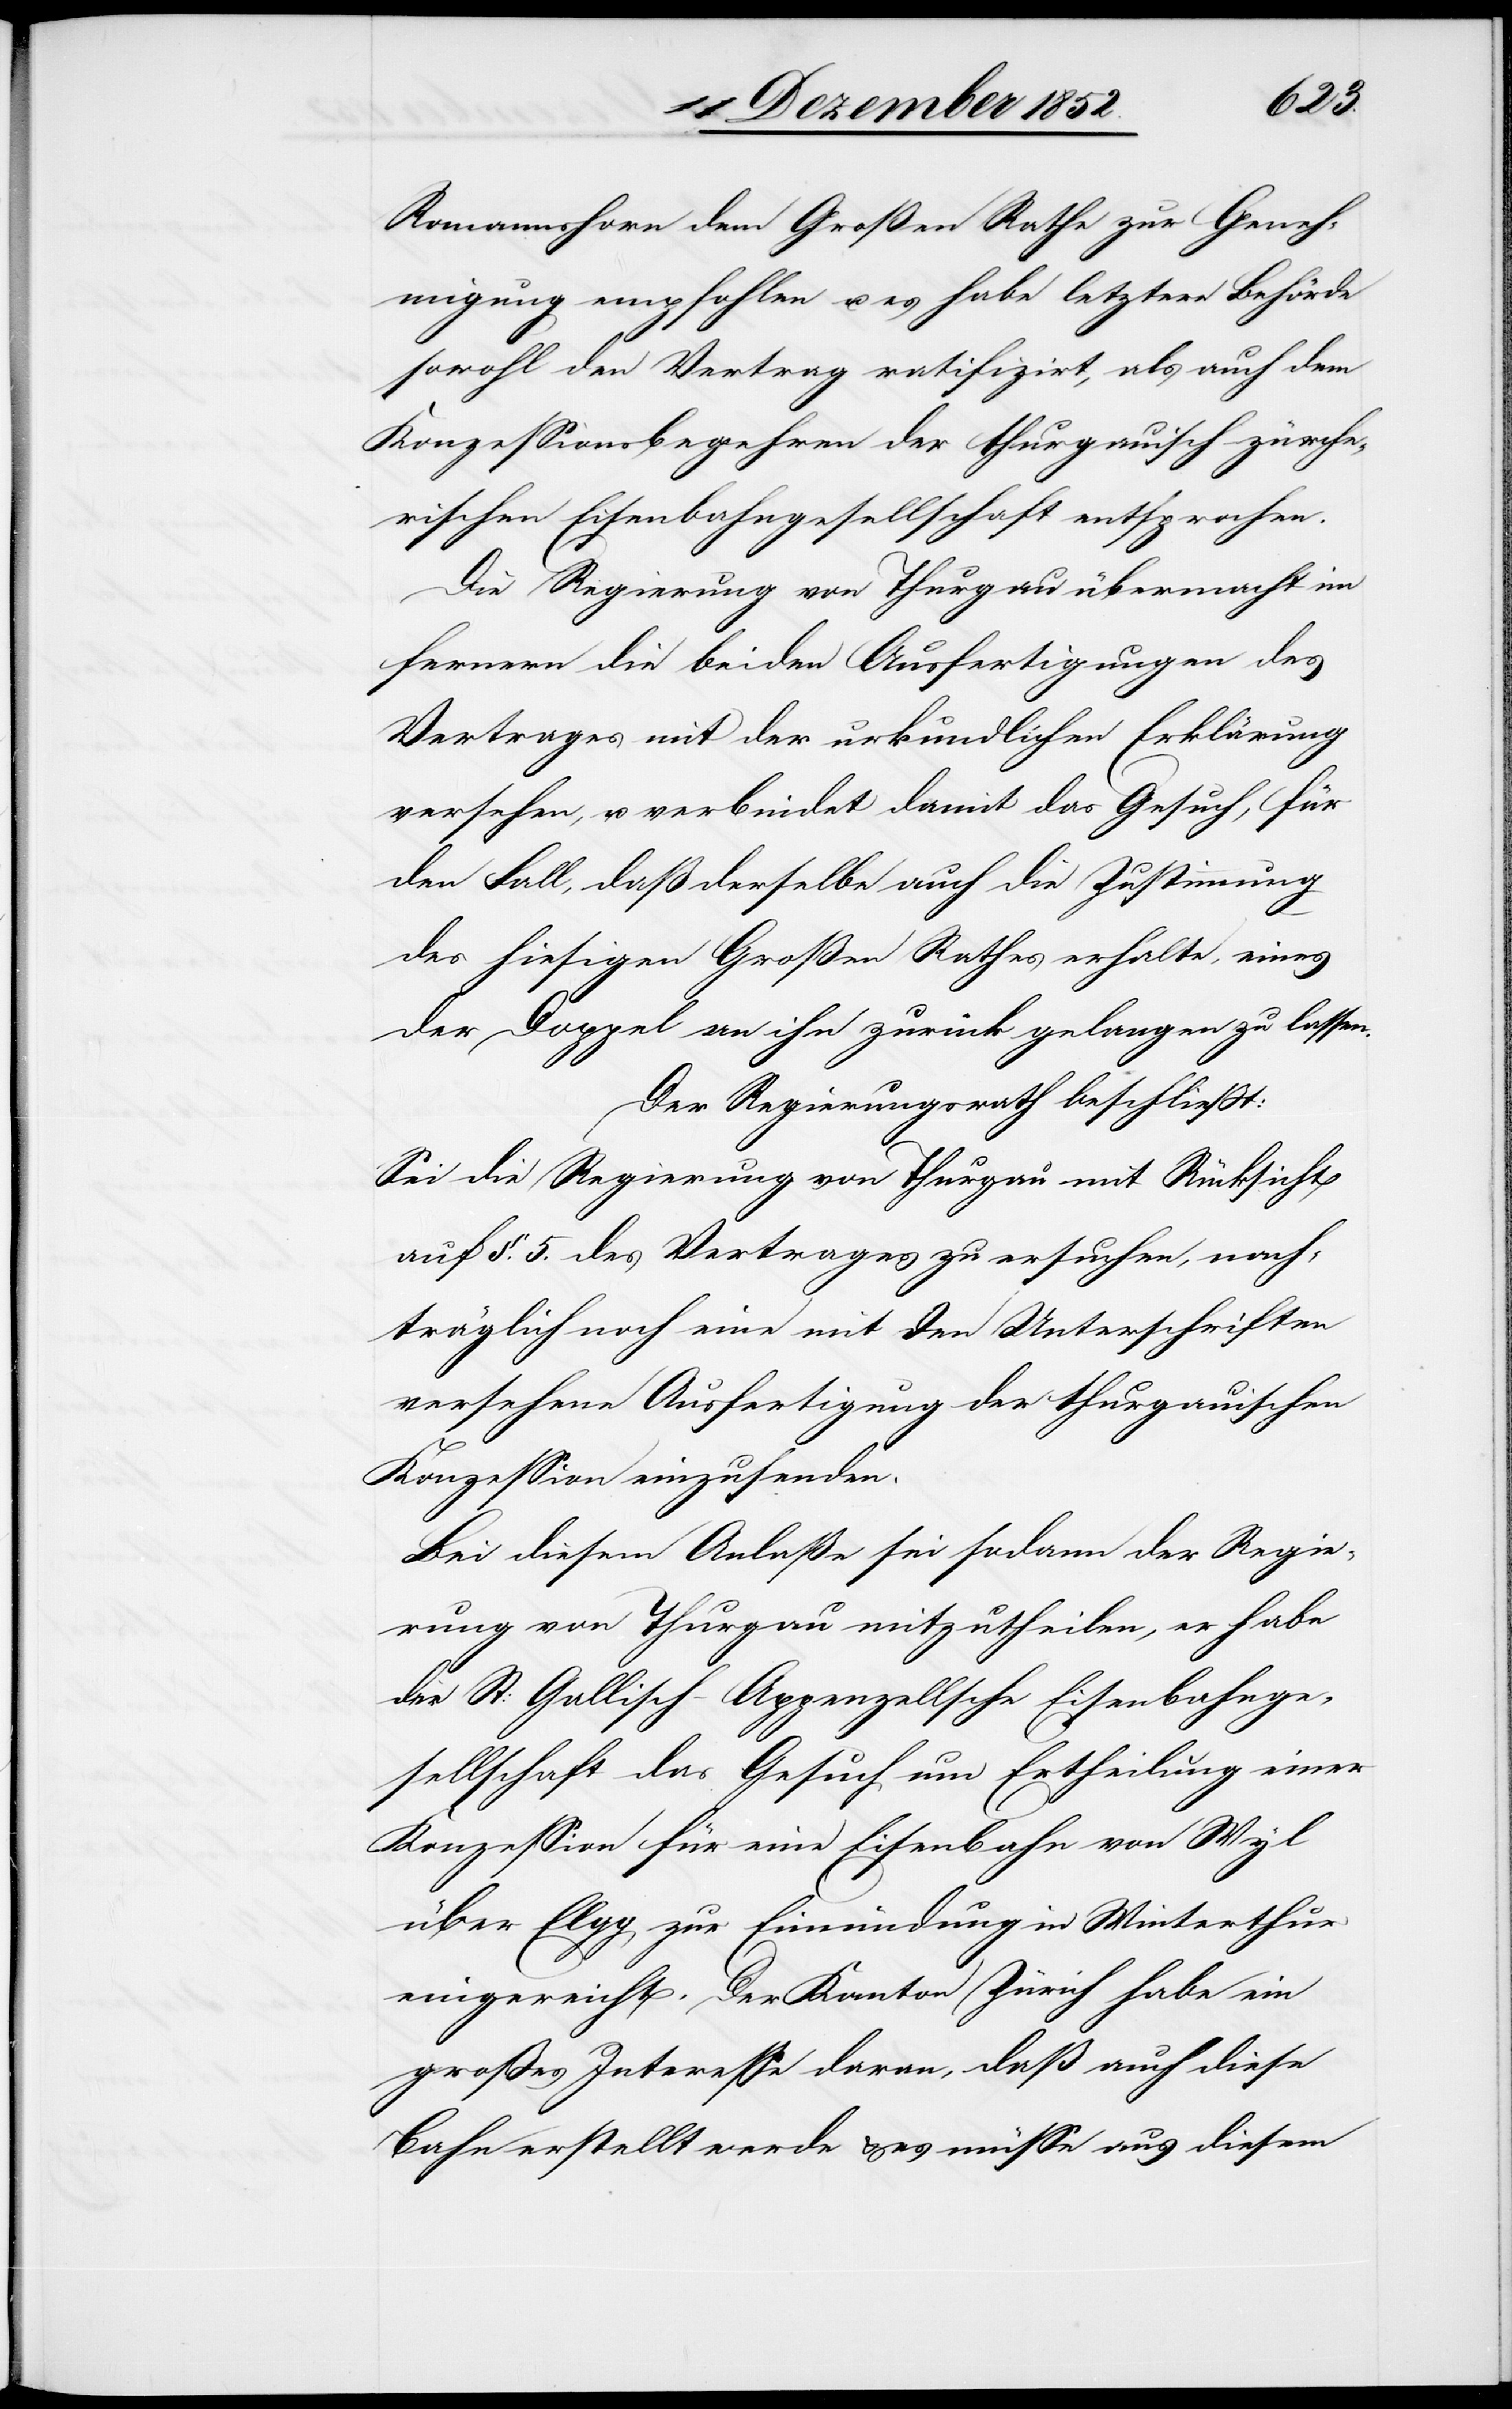
Romannshorn dem Großen Rathe zur Geneh¬
migung empfohlen u. es habe letztere Behörde
sowohl den Vertrag ratifizirt, als auch dem
Konzessionsbegehren der thurgauisch-zürche¬
rischen Eisenbahngesellschaft entsprochen.
Die Regierung von Thurgau übermacht im
fernern die beiden Ausfertigungen des
Vertrages mit der urkundlichen Erklärung
versehen, u. verbindet damit das Gesuch, für
den Fall, daß derselbe auch die Zustimmung
des hiesigen Großen Rathes erhalte, eines
der Doppel an ihn zurück gelangen zu lassen.
Der Regierungsrath beschließt:
Sei die Regierung von Thurgau mit Rücksicht
auf §. 5. des Vertrages zu ersuchen, nach¬
träglich noch eine mit den Unterschriften
versehene Ausfertigung der thurgauischen
Konzession einzusenden.
Bei diesem Anlaße sei sodann der Regie¬
rung von Thurgau mitzutheilen, er habe
die] St: Gallisch-Appenzellsche Eisenbahnge¬
sellschaft das Gesuch um Ertheilung einer
Konzession für eine Eisenbahn von Wyl
über Elgg zur Einmündung in Winterthur
eingereicht. Der Kanton Zürich habe ein
großes Interesse daran, daß auch diese
Bahn erstellt werde & es müsse aus diesem